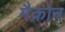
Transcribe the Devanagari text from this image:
मैक्रोन